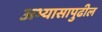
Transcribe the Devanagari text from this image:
अभ्यासापुढील